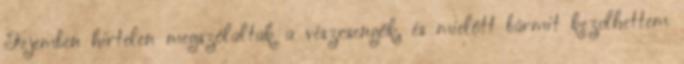
Fejemben hirtelen megszólaltak a vészcsengők, és mielőtt bármit kezdhettem